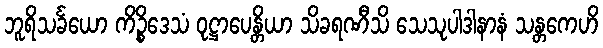
ဘူရိသင်္ခယော ကိဉ္စိဒေသံ ဝုဋ္ဌာပေန္တိယာ သိခရဏီသိ သေသုပါဒါနာနံ သန္တကေဟိ